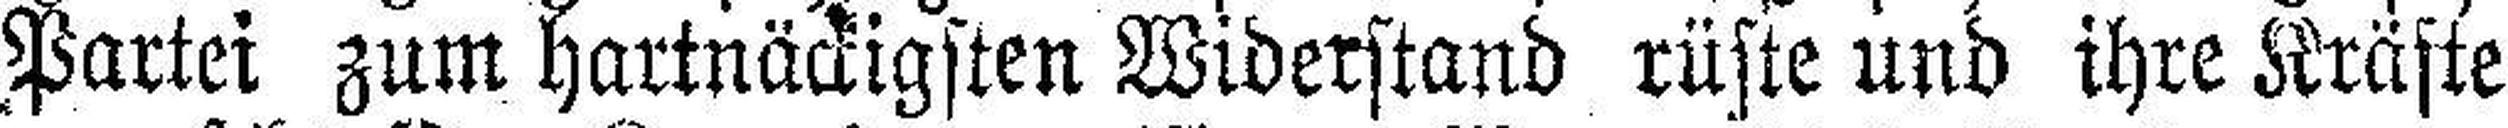
Partei zum hartnäckigsten Widerstand rüste und ihre Kräfte